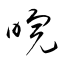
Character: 睆